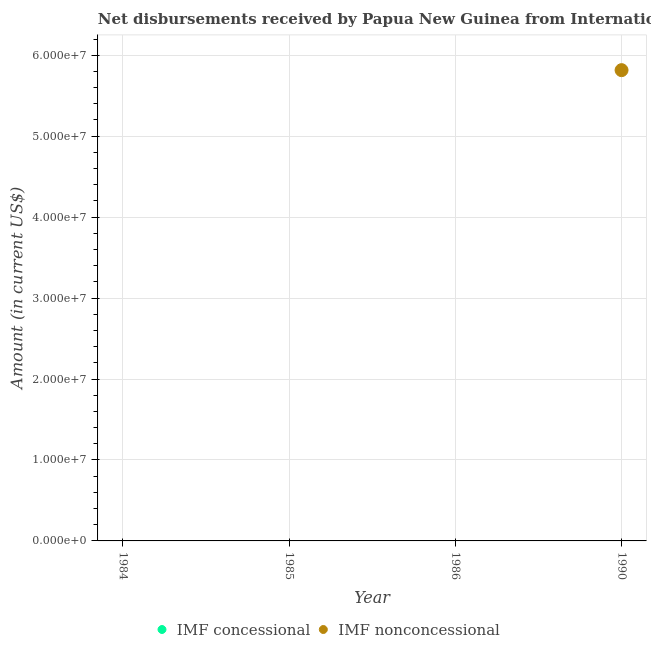
| Year | IMF concessional | IMF nonconcessional |
 | --- | --- | --- |
 | 1984 | -1.7e+06 | -2.9e+07 |
 | 1985 | -1.68e+06 | -6.7e+06 |
 | 1986 | -4.57e+06 | -1.18e+07 |
 | 1990 | -3.04e+06 | 5.82e+07 |